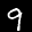
Label: 9